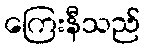
ကြေးနီသည်